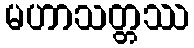
မဟာသတ္တဿ